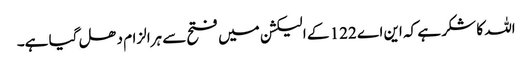
اللہ کا شکر ہے کہ این اے 122 کے الیکشن میں فتح سے ہرالزام دھل گیا ہے۔